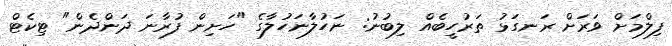
ފިލްމަށް ވަރަށް ރަނގަޅު ތަރުހީބެއް ލިބުނު: ނަހުލާނަހުލާގެ "ހަށިން ފުރާނަ ދަންދެން" ޓިކެޓް